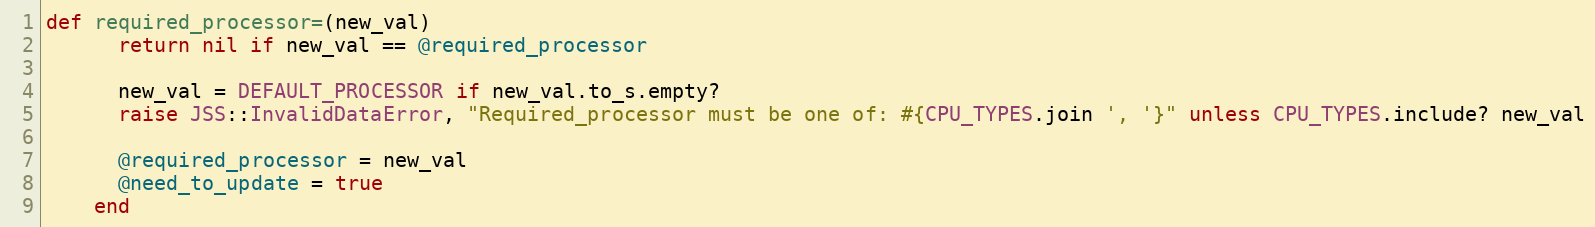
Language: Ruby
def required_processor=(new_val)
      return nil if new_val == @required_processor

      new_val = DEFAULT_PROCESSOR if new_val.to_s.empty?
      raise JSS::InvalidDataError, "Required_processor must be one of: #{CPU_TYPES.join ', '}" unless CPU_TYPES.include? new_val

      @required_processor = new_val
      @need_to_update = true
    end